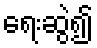
ရေးဆွဲ၍